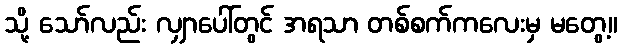
သို့ သော်လည်း လျှာပေါ်တွင် အရသာ တစ်စက်ကလေးမှ မတွေ့။